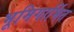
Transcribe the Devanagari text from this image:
भूमिगार्भित